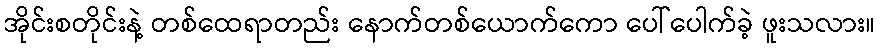
အိုင်းစတိုင်းနဲ့ တစ်ထေရာတည်း နောက်တစ်ယောက်ကော ပေါ်ပေါက်ခဲ့ ဖူးသလား။